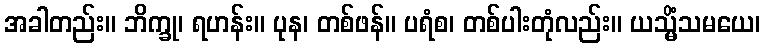
အခါတည်း။ ဘိက္ခု၊ ရဟန်း။ ပုန၊ တစ်ဖန်။ ပရံစ၊ တစ်ပါးတုံလည်း။ ယသ္မိံသမယေ၊